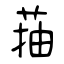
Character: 菗